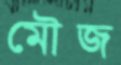
মৌজ